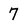
Character: 7